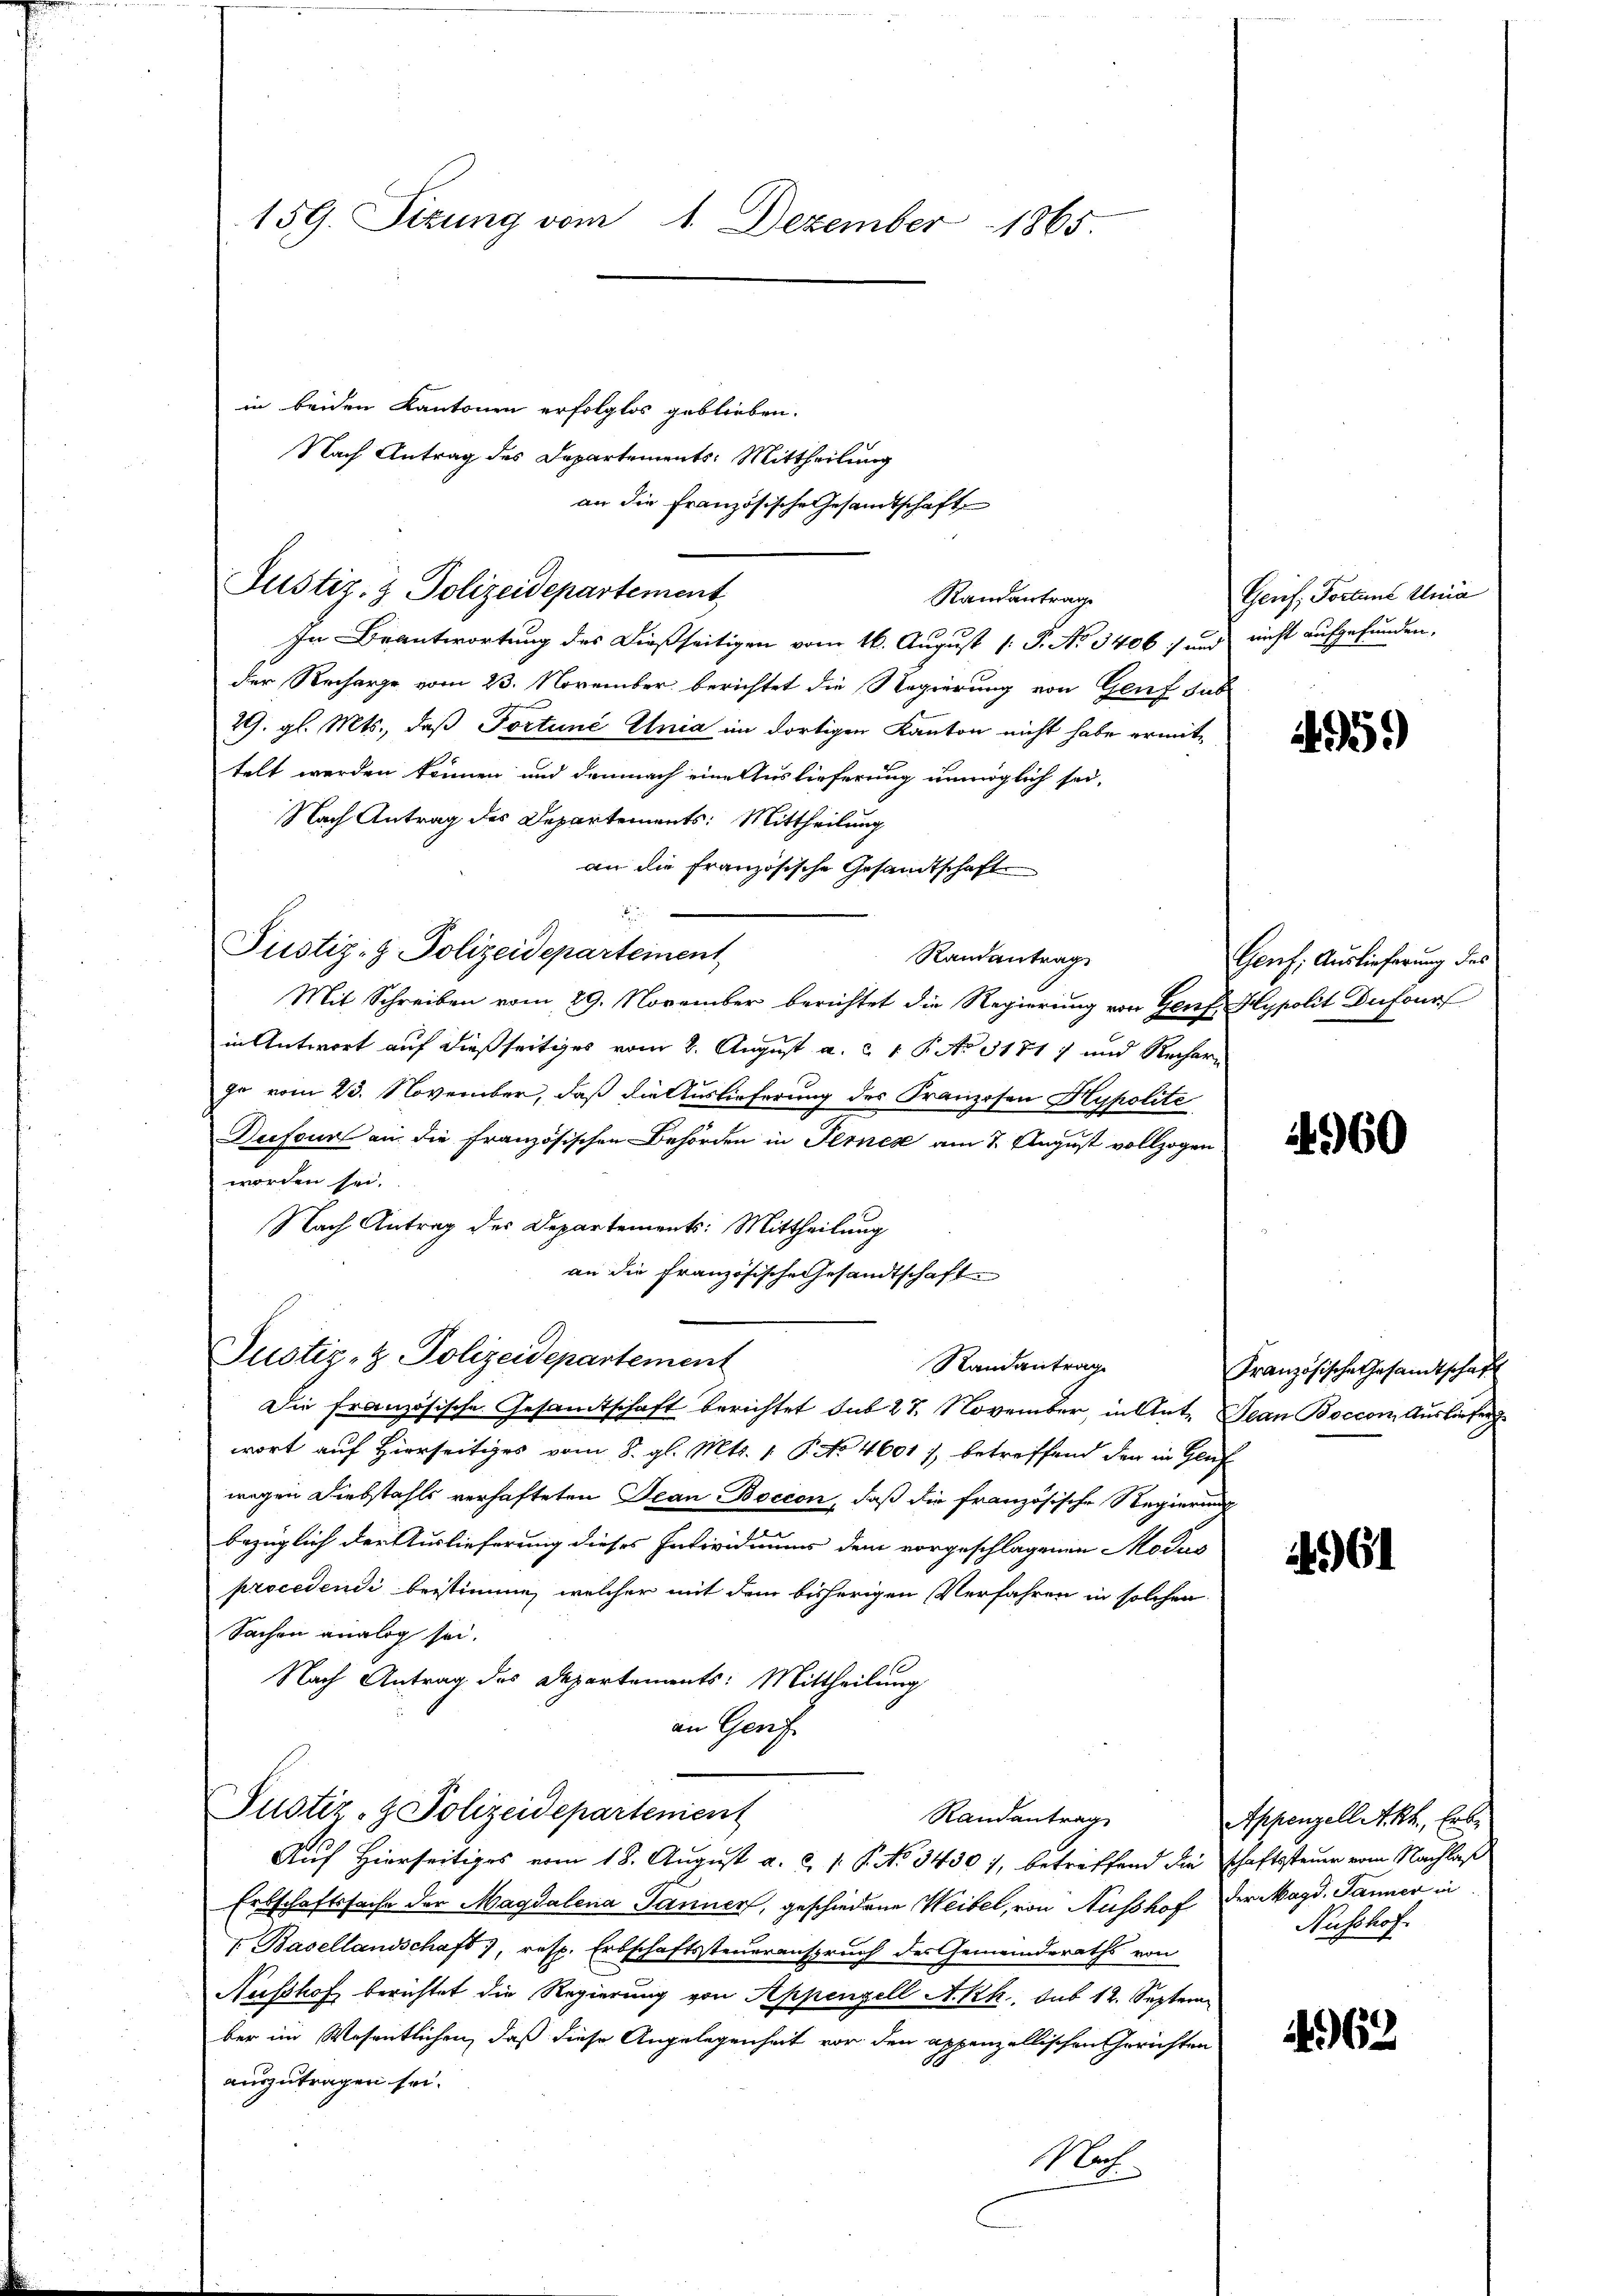
159. Sitzung vom 1. Dezember 1865.

in beiden Kantonen erfolglos geblieben.
Nach Antrag des Departements: Mittheilung
an die französische Gesamtschaft

Justiz- & Polizeidepartement
Randantrag

In Beantwortung des dießseitigen vom 16. August [ P. No 3406 und nicht aufgefunden.
der Recharge vom 23. November berichtet die Regierung von Genf sub
29. gl. Mts., daß Tortune Unia im dortigen Kanton nicht habe ermittelt werden können und demnach eine Auslieferung unmöglich sei.
Nach Antrag des Departements: Mittheilung
an die Französische Gesandtschaft
Randantrag
Mit Schreiben vom 29. November berichtet die Regierung von Genf Hypolit Dufour
in Antwort auf dießseitiges vom 8. August a. c. 1 P. No 11717 und Rechare
ge vom 23. November, daß die Auslieferung des Franzosen Hypolité
Dufour an die französischen Behörden in Fernes am 7. August vollzogen.
worden sei.
Nach Antrag des Departements: Mittheilung
an die Französische Gesandtschaft
Die französische Gesamtschaft berichtet sub 27. November, in Ant. Jean Boccon, Ausliefer g
wort auf Hierseitiges vom 8. gl. Mts. 1. P. No 4601), betreffend der in Geis
wegen Diebstahls verhafteten Jean Boccon, daß die französische Regierungsbezüglich der Auslieferung dieses Individiums dem vorgeschlagenen Modus
procedendi beistimme, welcher mit dem bisherigen Verfahren in solchen
Sachen analog sei.
Nach Antrag des Departements: Mittheilung
an Genf
Justiz- & Polizeidepartement
Randantrag
Auf Hierseitiges vom 18. August a. c. 1. P. No. 3430 7, betreffend die schaftssteuer vom Nachlaß
Erbschaftssache der Magdalena Tanner, geschiedene Weibel, von Ausshof der Magd. Jänner in
 Basellandschaft, resp. Erbschaftssteueranspruch des Gemeinderaths von
Nusshof berichtet die Regierung von Appenzell A.Rh., sub 12. Septem
ber im Wesentlichen, daß diese Angelegenheit vor den appenzellischen Gerichten
auszutragen sei.
Mot

Justiz- & Polizeidepartement,

Justiz- & Polizeidepartement

Randantrag

Gerf; Portime Unia

4.5.)

Genf, Auslieferung des

4960

Französische Gesandtschaft

461

Appenzell Akt, Erbe
Nusshof

462